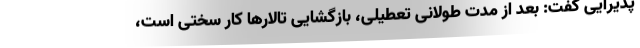
پذیرایی گفت: بعد از مدت طولانی تعطیلی، بازگشایی تالارها کار سختی است،